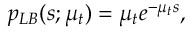
p _ { L B } ( s ; \mu _ { t } ) = \mu _ { t } e ^ { - \mu _ { t } s } ,